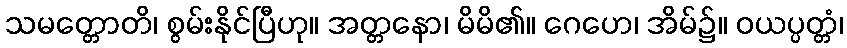
သမတ္တောတိ၊ စွမ်းနိုင်ပြီဟု။ အတ္တနော၊ မိမိ၏။ ဂေဟေ၊ အိမ်၌။ ဝယပ္ပတ္တံ၊